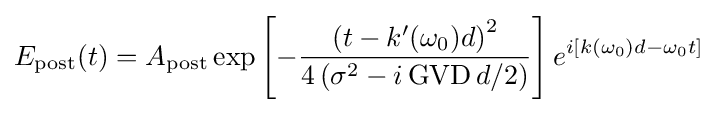
E_{\text{post}}(t)=A_{\text{post}}\exp \left[-{\frac {\left(t-k'(\omega _{0})d\right)^{2}}{4\left(\sigma ^{2}-i\,{\text{GVD}}\,d/2\right)}}\right]e^{i[k(\omega _{0})d-\omega _{0}t]}